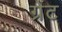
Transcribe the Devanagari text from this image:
ग्रेंट